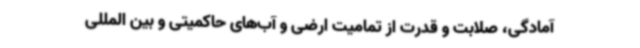
آمادگی، صلابت و قدرت از تمامیت ارضی و آب‌های حاکمیتی و بین المللی